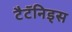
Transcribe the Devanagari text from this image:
टैटॅनिड्स